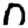
Digit: 0